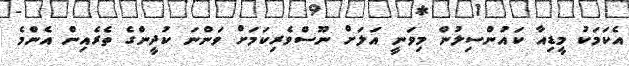
އެކަމަކު މީޑިއާ ކައުންސިލުން މިވަނީ އަލަށް ނޫސްވެރިކަމަށް ވަންނަ ކުދީންގެ ތެރެއިން އެންމެ